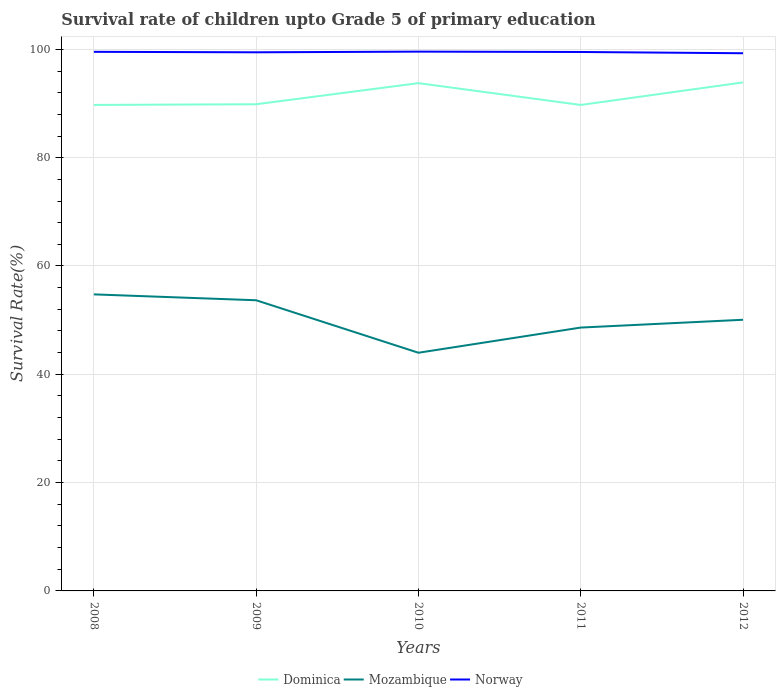
| Years | Dominica | Mozambique | Norway |
 | --- | --- | --- | --- |
 | 2008 | 89.7 | 54.8 | 99.5 |
 | 2009 | 89.9 | 53.7 | 99.5 |
 | 2010 | 93.8 | 44 | 99.6 |
 | 2011 | 89.7 | 48.6 | 99.5 |
 | 2012 | 93.9 | 50.1 | 99.3 |